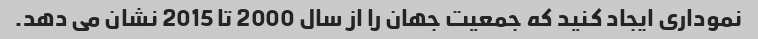
نموداری ایجاد کنید که جمعیت جهان را از سال 2000 تا 2015 نشان می دهد.